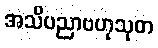
အသိပညာဗဟုသုတ